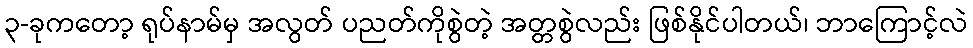
၃-ခုကတော့ ရုပ်နာမ်မှ အလွတ် ပညတ်ကိုစွဲတဲ့ အတ္တစွဲလည်း ဖြစ်နိုင်ပါတယ်၊ ဘာကြောင့်လဲ